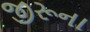
જીરૂના